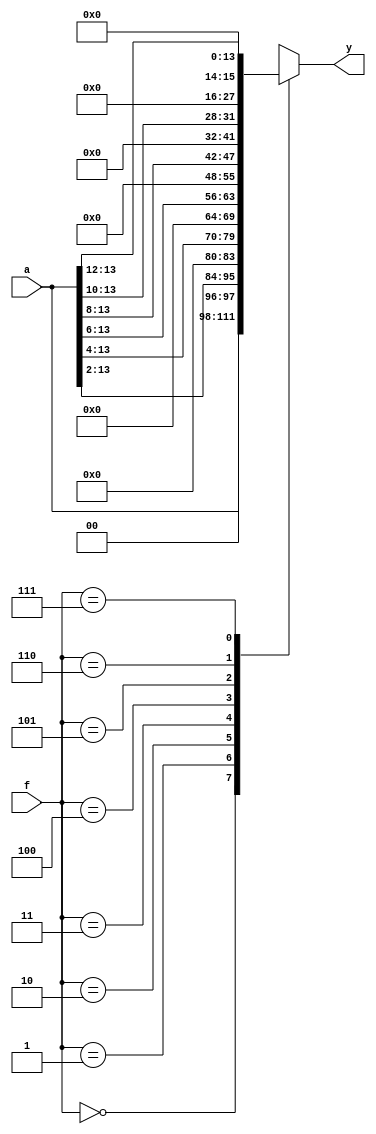
module rsh(
     input wire [13:0] a,
     input wire [2:0] f,
     output reg [13:0] y
    );

   // right shifter
   always @*
     case(f)
         3'b000: y = a;
         3'b001: y = {2'b0, a[13-:12]};
         3'b010: y = {4'b0, a[13-:10]};
         3'b011: y = {6'b0, a[13-:8]};
         3'b100: y = {8'b0, a[13-:6]};
         3'b101: y = {10'b0, a[13-:4]};
         3'b110: y = {12'b0, a[13-:2]};
         3'b111: y = 14'b0;
      endcase 
endmodule